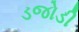
ડજોડી